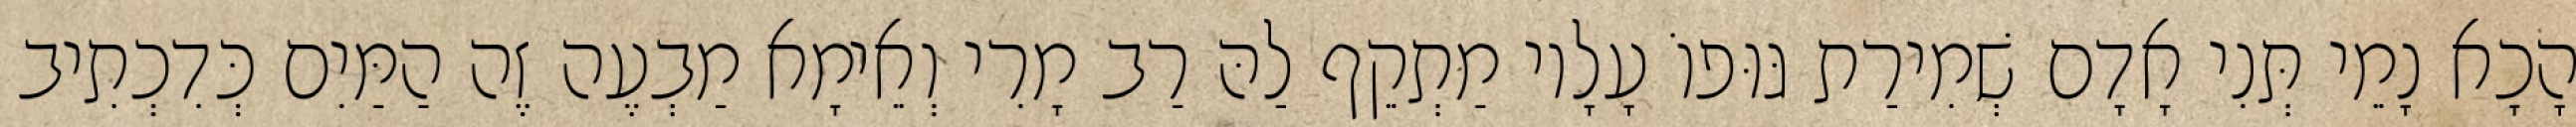
הָכָא נָמֵי תְּנִי אָדָם שְׁמִירַת גּוּפוֹ עָלָיו מַתְקֵף לַהּ רַב מָרִי וְאֵימָא מַבְעֶה זֶה הַמַּיִם כְּדִכְתִיב